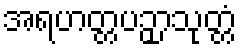
အရဟတ္တပဉှာသုတ္တံ